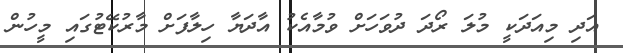
އަދި މިއަދަކީ މުލަ ރޯދަ ދުވަހަށް ވުމާއެކު އާދަޔާ ހިލާފަށް މާރުކޭޓުގައި މީހުން